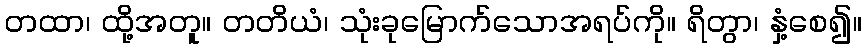
တထာ၊ ထို့အတူ။ တတိယံ၊ သုံးခုမြောက်သောအရပ်ကို။ ရိတွာ၊ နှံ့စေ၍။